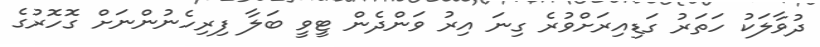
ދުވާލަކު ހަތަރު ގަޑިއިރަށްވުރެ ގިނަ އިރު ވަންދެން ޓީވީ ބަލާ ފިރިހެނުންނަށް ގޮހޮރުގެ